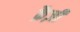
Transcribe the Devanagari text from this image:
क्रैज़ी